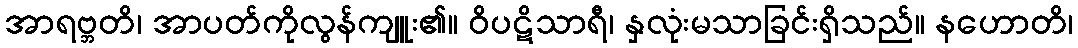
အာရဗ္ဘတိ၊ အာပတ်ကိုလွန်ကျူး၏။ ဝိပဋိသာရီ၊ နှလုံးမသာခြင်းရှိသည်။ နဟောတိ၊